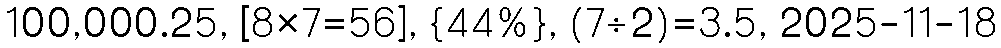
100,000.25, [8×7=56], {44%}, (7÷2)=3.5, 2025-11-18